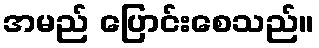
အမည် ပြောင်းစေသည်။